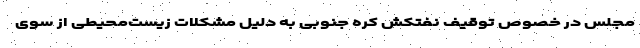
مجلس در خصوص توقیف نفتکش کره جنوبی به دلیل مشکلات زیست‌محیطی از سوی